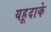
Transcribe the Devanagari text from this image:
यहूदाके